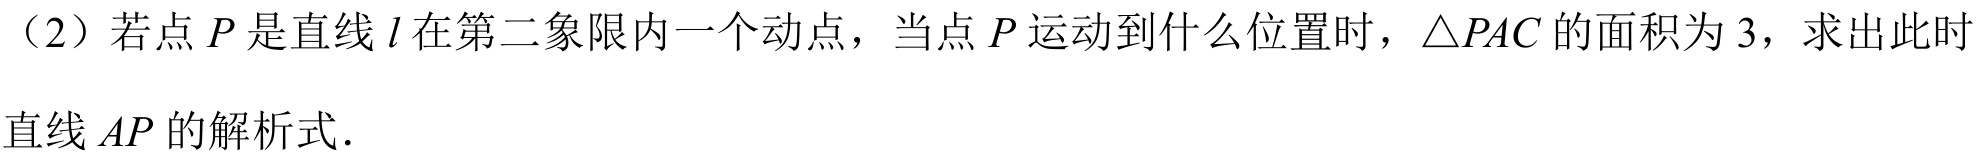
（2）若点\(P\)是直线\(l\)在第二象限内一个动点，当点\(P\)运动到什么位置时，\(\triangle PAC\)的面积为\(3\)，求出此时
直线\(AP\)的解析式.